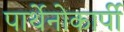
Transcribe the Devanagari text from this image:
पार्थेनोकार्पी